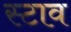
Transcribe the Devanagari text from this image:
स्टाव